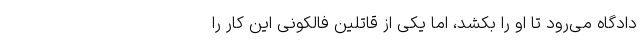
دادگاه می‌رود تا او را بکشد، اما یکی از قاتلین فالکونی این کار را